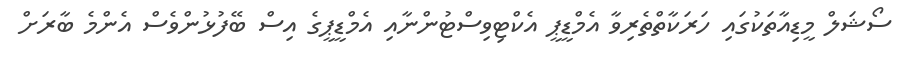
ސޯޝަލް މީޑިއާތަކުގައި ހަރަކާތްތެރިވާ އެމްޑީޕީ އެކްޓިވިސްޓުންނާއި އެމްޑީޕީގެ އިސް ބޭފުޅުންވެސް އެންމެ ބާރަށް